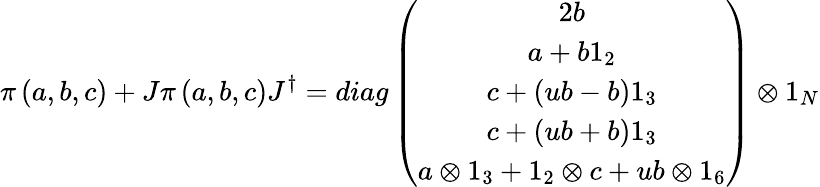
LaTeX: \pi\left(a,b,c\right)+J\pi\left(a,b,c\right)J^{\dagger}=diag\left(\begin{array}{c}{{2b}}\\ {{a+b1_{2}}}\\ {{c+\left(ub-b\right)1_{3}}}\\ {{c+\left(ub+b\right)1_{3}}}\\ {{a\otimes 1_{3}+1_{2}\otimes c+ub\otimes 1_{6}}}\end{array}\right)\otimes 1_{N}